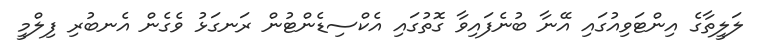
ލަލީތާގެ އިންޓަވިއުގައި އޭނާ ބުނެފައިވާ ގޮތުގައި އެކްސިޑެންޓުން ރަނގަޅު ވެގެން އެނބުރި ފިލްމީ